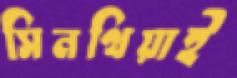
সিনথিয়াই